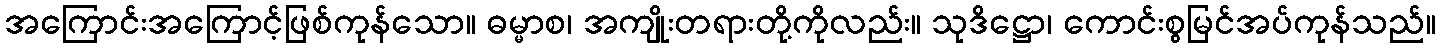
အကြောင်းအကြောင့်ဖြစ်ကုန်သော။ ဓမ္မာစ၊ အကျိုးတရားတို့ကိုလည်း။ သုဒိဋ္ဌော၊ ကောင်းစွမြင်အပ်ကုန်သည်။